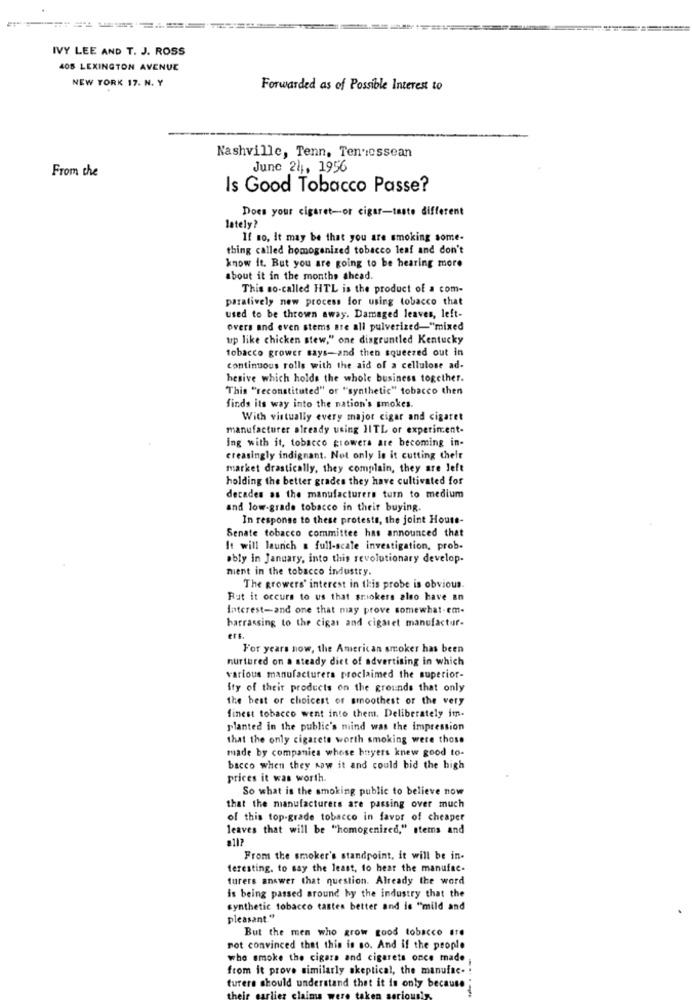
IVY LEE AND T. J. ROSS
405 LEXINGTON AVENUE
NEW YORK 17. N. Y
Forwarded as of Possible Interest to
Nashville, Tenn. Tennessean
June 24 ,, 1956
From the
Is Good Tobacco Passe?
Does your cigaret-or cigar-taste different
lately?
If no, It may be that you are smoking some-
thing called homogenized tobacco leaf and don't
know it. But you are going to be hearing more
about it in the months ahead.
This so-called HTL is the product of a com-
paralively new process for using tobacco that
used to be thrown away. Damaged leaves, left-
overs and even stems are all pulverized-"mixed
up like chicken stew," one disgruntled Kentucky
tobacco grower says-and then squeezed out in
continuous rolls with the aid of a cellulose ad-
hesive which holds the whole business together.
This "reconstituted" or "synthetic" tobacco then
finds its way into the nation's smokes.
With virtually every major cigar and cigaret
manufacturer already using HITL or experiment-
ing with it, tobacco growers are becoming in-
creasingly indignant. Not only is it cutting chelt
market drastically, they complain, they are left
holding the better grades they have cultivated for
decades as the manufacturers turn to medium
and low-grade tobacco in their buying.
In response to these protests, the joint House-
Senate tobacco committee has announced that
It will launch a full-scale investigation, prob-
ably in January, into this revolutionary develop-
ment in the tobacco industry.
The growers' interest in this probe is obvious.
But it occurs to us that sriokers also have an
Interest-and one that may prove somewhat-em-
barrassing to the cigar and cigaret manufactur-
erE.
For years now, the American smoker has been
nurtured on a steady diet of advertising in which
various manufacturers proclaimed the superior-
Ity of their products on the grounds that only
the best of choicest of smoothest or the very
finest tobacco went into them. Deliberately im-
planted in the public's mind was the impression
that the only cigarets worth smoking were those
made by companies whose buyers knew good to-
bacco when they saw it and could bid the high
prices it was worth.
So what is the smoking public to believe now
that the manufacturets are passing over much
of this top-grade tobacco in favor of cheaper
leaves that will be "homogenized," stems and
From the smoker's standpoint, it will be in-
feresting. to say the least, to hear the manufac-
turers answer that question. Already the word
is being passed around by the industry that the
synthetic tobacco tastes better and is "mild and
pleasant "
But the men who grow good tobacco ate
not convinced that this is so. And if the people
who smoke the cigara and cigarets once made
from it prove similarly skeptical, the manufac .!
turers should understand that it is only because